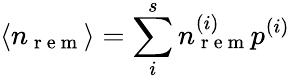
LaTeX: \langle n_{\mathrm{~r~e~m~}}\rangle=\sum_{i}^{s}n_{\mathrm{~r~e~m~}}^{(i)}p^{(i)}